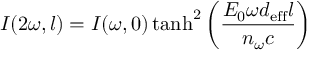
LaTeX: I ( 2 \omega , l ) = I ( \omega , 0 ) \operatorname { t a n h } ^ { 2 } { \left( { \frac { E _ { 0 } \omega d _ { \mathrm { e f f } } l } { n _ { \omega } c } } \right) }